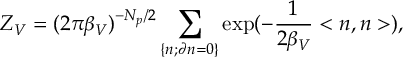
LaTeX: Z _ { V } = ( 2 \pi { \beta } _ { V } ) ^ { - N _ { p } / 2 } \sum _ { \left\{ n ; \partial n = 0 \right\} } \exp ( - \frac { 1 } { 2 { \beta } _ { V } } < n , n > ) ,